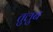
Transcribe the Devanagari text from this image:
तुलुब